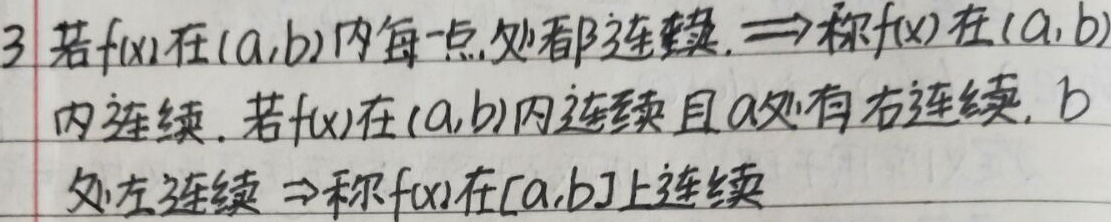
3. 若\(f(x)\)在\((a,b)\)内每一点处都连续，\(\Rightarrow\)称\(f(x)\)在\((a,b)\)内连续。若\(f(x)\)在\((a,b)\)内连续且在\(a\)处右连续，在\(b\)处左连续\(\Rightarrow\)称\(f(x)\)在\([a,b]\)上连续。